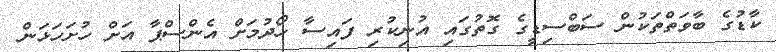
ކާޑުގެ ބާވަތްތަކުން ސަބްސިޑީގެ ގޮތުގައި އުނިކުރި ފައިސާ ހޯދުމަށް އެންސްޕާ އަށް ހުށަހަޅަން